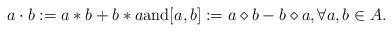
LaTeX: \begin{align*} a \cdot b := a \ast b + b \ast a {\rm and} [a, b] := a \diamond b - b \diamond a, \forall a, b \in A. \end{align*}